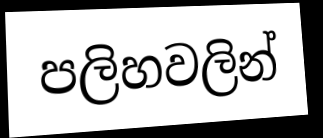
පලිහවලින්